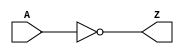
module INV(input A, output Z);
	assign Z = !A;
	specify
		(A => Z) = 10;
	endspecify
endmodule